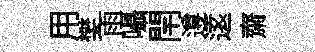
用樊雨囁閈遵逺齋